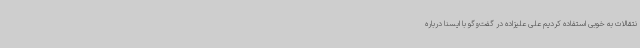
نتقالات به خوبی استفاده کردیم علی علیزاده در گفت‌وگو با ایسنا درباره